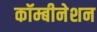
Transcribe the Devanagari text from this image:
कॉम्बीनेशन